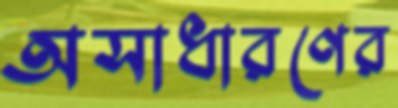
অসাধারণের